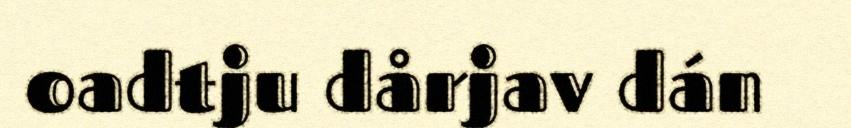
oadtju dårjav dán